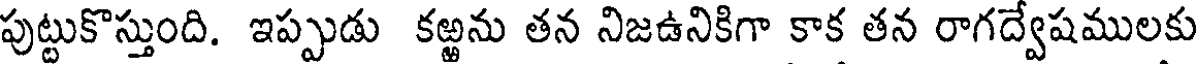
పుట్టుకొస్తుంది. ఇప్పుడు కఱ్ఱను తన నిజఉనికిగా కాక తన రాగద్వేషములకు